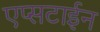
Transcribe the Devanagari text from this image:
एप्सटाईन